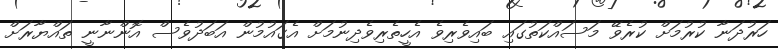
ހަރުދަނާ ކުރުމަށް ކުރެވޭ މަސައްކަތުގައި ބައިވެރިވެ އެހީތެރިވެދިނުމަށް އެގައުމުން އަބަދުވެސް އޮންނާނީ ތައްޔާރަށް